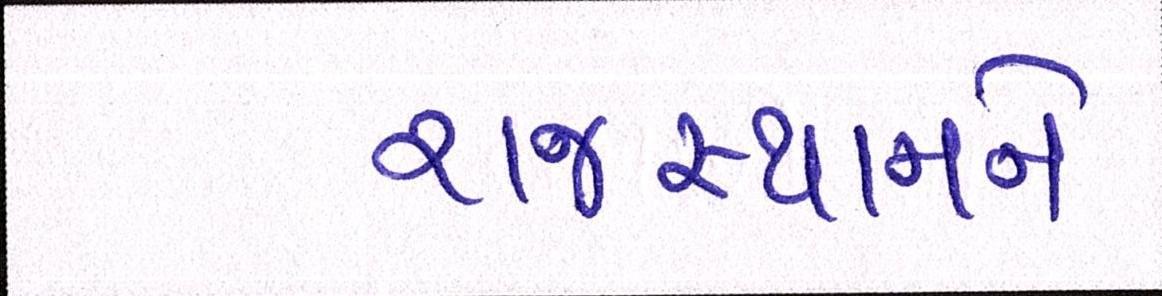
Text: રાજસ્થાનને